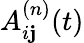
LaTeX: A_{i\mathbf{j}}^{(n)}(t)